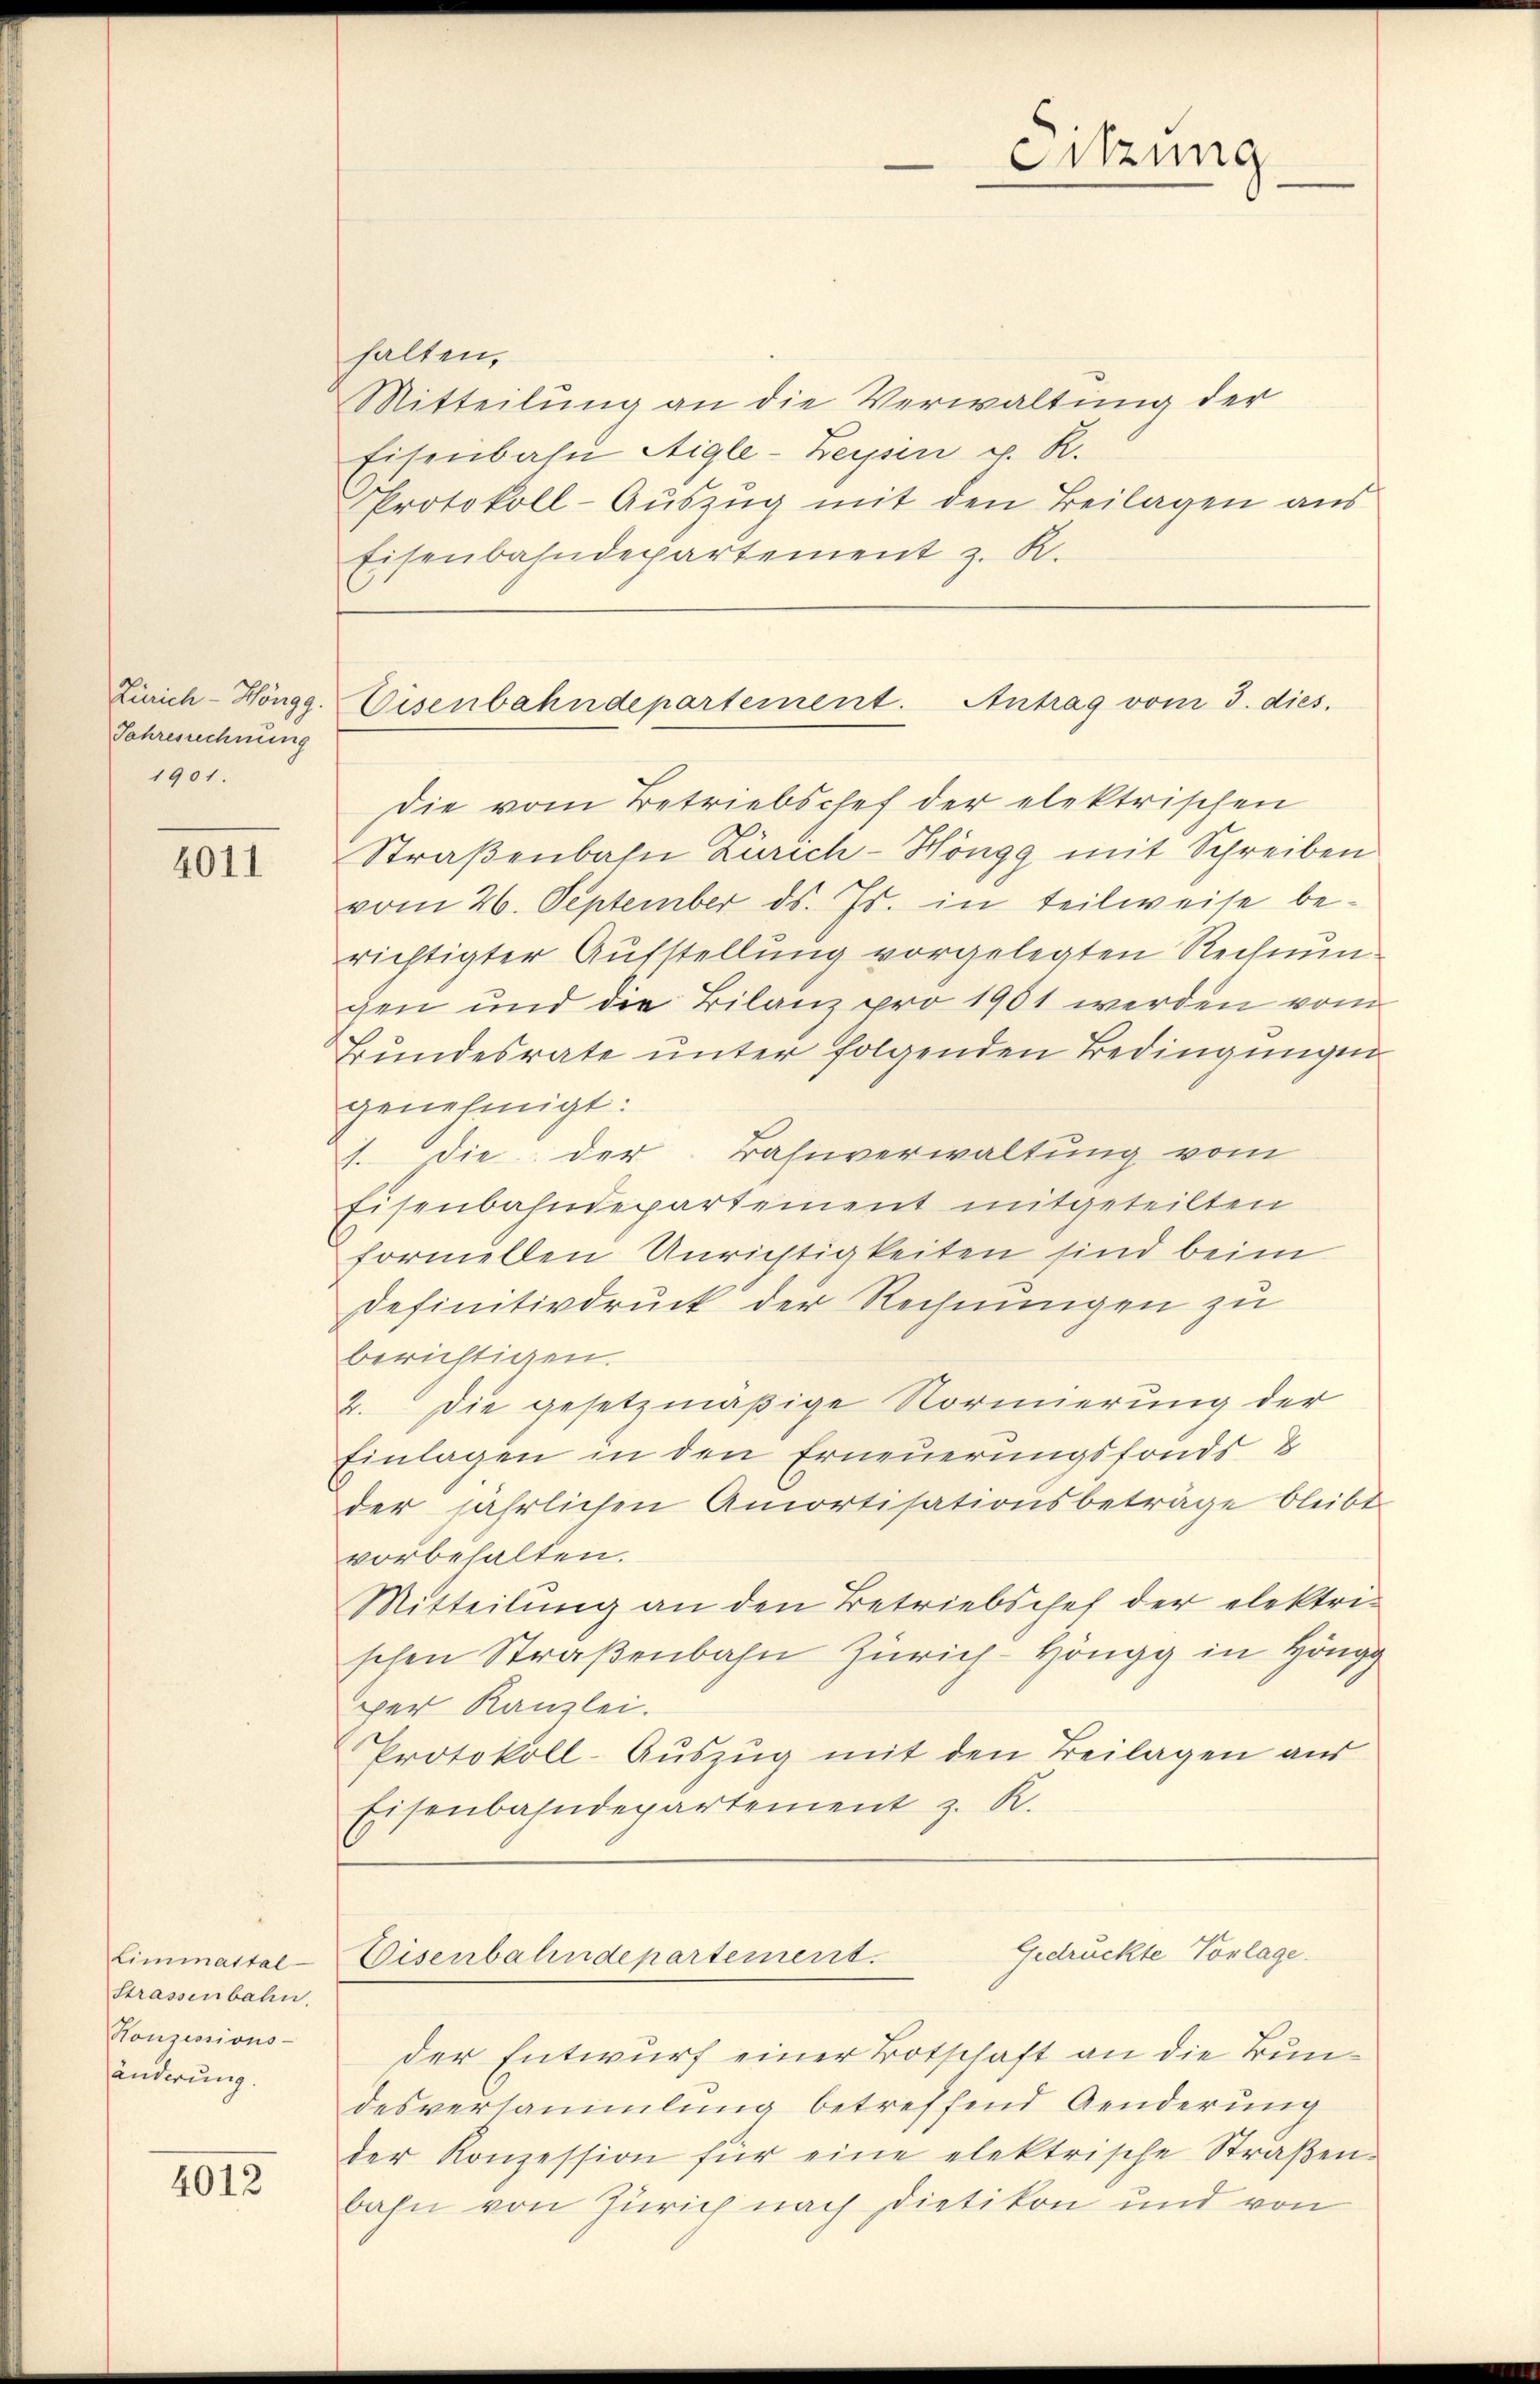
Jahresrechnung
1901.

4011

Limmastal
Strassenbahn.
Honzessions-
änderung.

4012

halten,
Mitteilung an die Verwaltung der
Eisenbahn Aigle-Zeisin v. R.
Protokoll-Auszug mit den Beilagen aus
Eisenbahndepartement z. R.

Die vom Betriebschef der elektrischen
Straßenbahn Zürich-Höngg mit Schreiben
vom 26. September ds. Js. in teilweise berichtigter Aufstellung vorgelegten Rechnun
chen und die Bilanz pro 1901 werden vom
Bŭndesrate ŭnter folgenden Bedingungen
genehmigt:
1. die der Bahnverwaltung vom
Eisenbahndepartement mitgeteilten
forniellen Anrichtigkeiten sind beim
Definitivdruck der Rechnungen zu
berichtigen.
2. Die gesetzmäßige Normierung der
Einlagen in den Erneuerungsfonds 8
der jährlichen Amortisationsbeträge bleibt
vorbehalten.
Mitteilung an den Betriebschef der elektrischen Straßenbahn Zürich- Höngg in Höngg
per Kanzlei.
Protokoll-Auszug mit den Beilagen aus
Eisenbahndepartement z. R.

der Entwurf einer Botschaft an die Bundesversammlung betreffend Aenderung
der Konzession für eine elektrische Straβen-
bahn von Zürich nach Dietikon und von

Sitzung

Zürich-Höngg. Eisenbahndepartement. Antrag vom 3. dies

Gedruckte Vorlage.
Eisenbahndepartement.